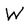
Character: W